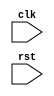
module timing_control_and_sync (
    input wire clk,
    input wire rst,
    // other input and output ports
    
    // code for generating clock signals, reset signals, etc.
    
    // code for managing data transfers and control signals
    
    // code for synchronization flip-flops, delay elements, clock domain crossing protocols
    
    // other code for timing control and synchronization
);

// Verilog code for the timing control and synchronization blocks

endmodule